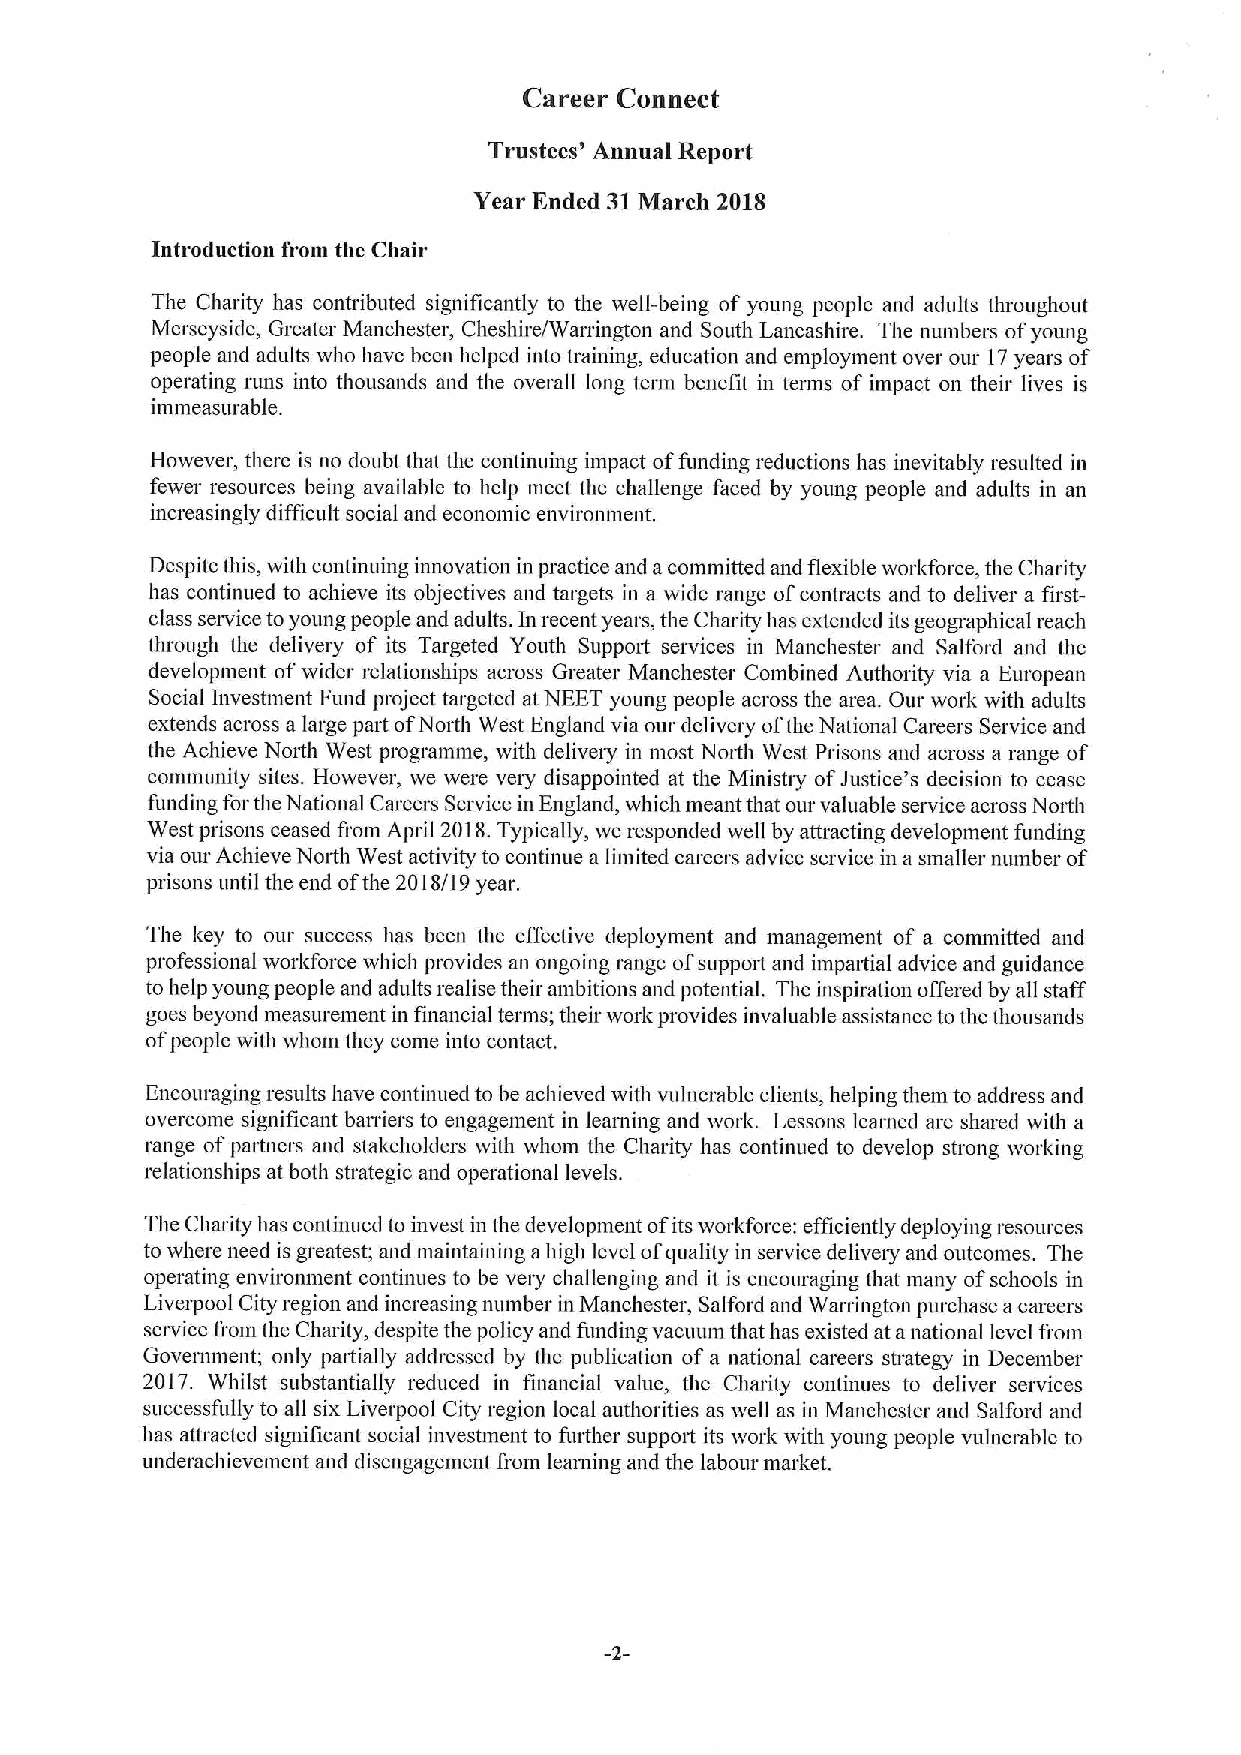
Career Connect
 Trustees' Annual Report
 Year Ended 31March 201S
 Introduction from the Chair
 The Charity has contributed significantly to the well-being of young people and adults throughout
 Merseyside, Greater Manchester, Cheshire/Warrington and South Lancashire. The numbers ofyoung
 people and adults who have been helped into training, education and employment over our 17years of
 operating runs into thousands and the overall long term benefit in terms of impact on their lives is
 immeasurable.
 However, there is no doubt that the continuing impact offunding reductions has inevitably resulted in
 fewer resources being available to help meet the challenge faced by young people and adults in an
 increasingly difficult social and economic environment.
 Despite this, with continuing innovation in practice and acommitted and flexible workforce, the Charity
 has continued to achieve its objectives and targets in a wide range ofcontracts and to deliver a first-
 class service toyoung people and adults. In recent years, the Charity has extended its geographical reach
 through the delivery of its Targeted Youth Suppoit services in Manchester and Salford and the
 development ofwider relationships across Greater Manchester Combined Authority via a European
 Social Inveshuent Fund project tingeted at NEET young people across the area. Our work with adults
 extends across a large part ofNorth West England via our delivery ofthe National Careers Service and
 the Achieve North West programme, with delivery in most North West Prisons and across a range of
 community sites. However, we were veiy disappointed at the Ministry ofJustice's decision to cease
 funding forthe National Careers Service in England, which meant that our valuable service across North
 West prisons ceased fi'om April 2018.Typically, we responded well by attracting development funding
 via our Achieve North West activity to continue a limited careers advice service in a smaller number of
 prisons until the end ofthe 2018/19 year.
 The key to our success has been the effective deployment and management of a conunitted and
 professional workforce which provides an ongoing range ofsupport and impaitial advice and guidance
 to help young people and adults realise their ambitions and potential. The inspiration offered by all staff
 goes beyond measurement in financial terms; their work provides invaluable assistance tothe thousands
 ofpeople with whom they come into contact.
 Encouraging results have continued to be achieved with vulnerable clients, helping them to address and
 overcome significant bart iers to engagement in learning and work. Lessons learned are shared with a
 range ofpaitners and stakeholders with whom the Charity has continued to develop strong working
 relationships at both strategic and operational levels.
 The Charity has continued to invest in the development ofits workforce: efficiently deploying resources
 to where need is greatest; and maintaining ahigh level of quality in service deliveiy and outcomes. The
 operating environment continues to be very challenging and it is encouraging that many ofschools in
 Liveipool City region and increasing number in Manchester, Salford and Warrington piu'chase acareers
 service fi'om the Charity, despite the policy and funding vacuum that has existed at anational level fiom
 Govermnent; only partially addressed by the publication of a national careers strategy in December
 2017. Whilst substantially reduced in financial value, the Charity continues to deliver services
 successfully to all six Liverpool City region local authorities as well as in Manchester and Salford and
 has attracted sigiuficant social investment to fuither support its work with young people vulnerable to
 underachievement and disengagement from learning and the labour market.